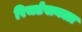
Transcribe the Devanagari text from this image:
रिचर्डसनला